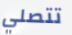
تتصلي